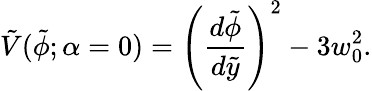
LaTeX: \tilde{V}(\tilde{\phi};{\alpha=0})=\left({\frac{d\tilde{\phi}}{d\tilde{y}}}\right)^{2}-3w_{0}^{2}.